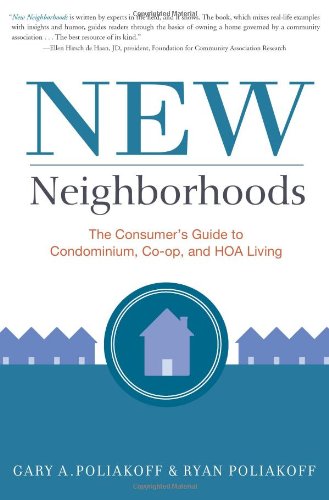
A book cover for New Neighborhoods: The Consumer's Guide to Condominium, Co-op, and HOA Living; Gary Poliakoff; Business & Money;